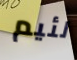
لئيم